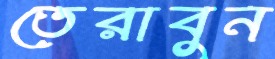
তেরাবুন